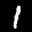
Digit: 1